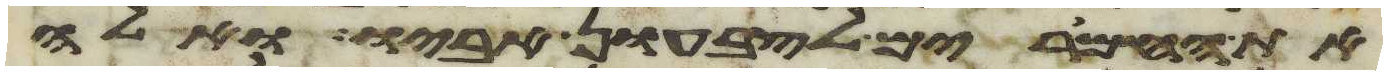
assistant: את החמרים לצבעון אביו ואלה